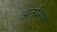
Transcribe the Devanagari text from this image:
अतरिया